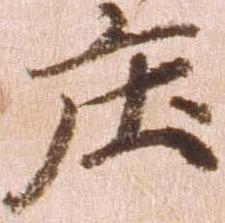
庄